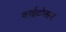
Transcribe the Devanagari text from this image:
काईटोसन